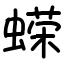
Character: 蝾